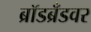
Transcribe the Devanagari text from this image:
ब्रॉडब्रँडवर